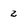
Character: 2